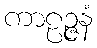
ကာဠဉ္ဇနံ